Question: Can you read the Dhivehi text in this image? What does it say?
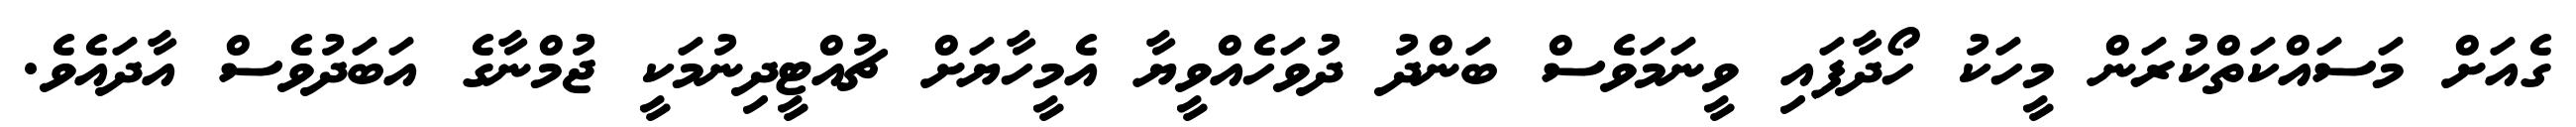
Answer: ގެއަށް މަސައްކަތްކުރަން މީހަކު ހޯދާފައި ވީނަމަވެސް ބަންދު ދުވަހެއްވީޔާ އެމީހާޔަށް ޗުއްޓީދިނުމަކީ ޖުމްނާގެ އަބަދުވެސް އާދައެވެ.